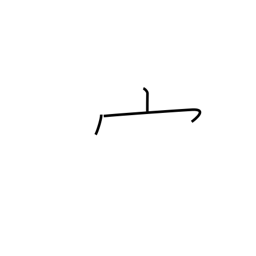
Meaning: shaped crown